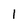
Character: l